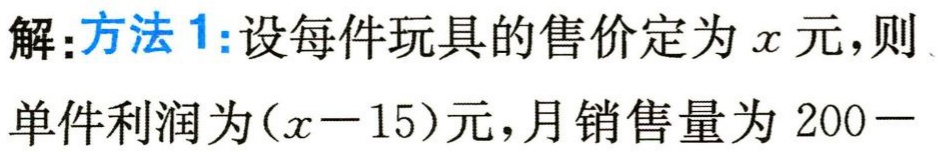
解:方法1:设每件玩具的售价定为\(x\)元,则

单件利润为\((x - 15)\)元,月销售量为\(200-\)